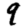
Digit: 9